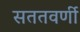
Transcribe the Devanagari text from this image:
सततवर्णी